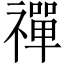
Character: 禪